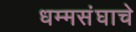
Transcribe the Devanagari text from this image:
धम्मसंघाचे